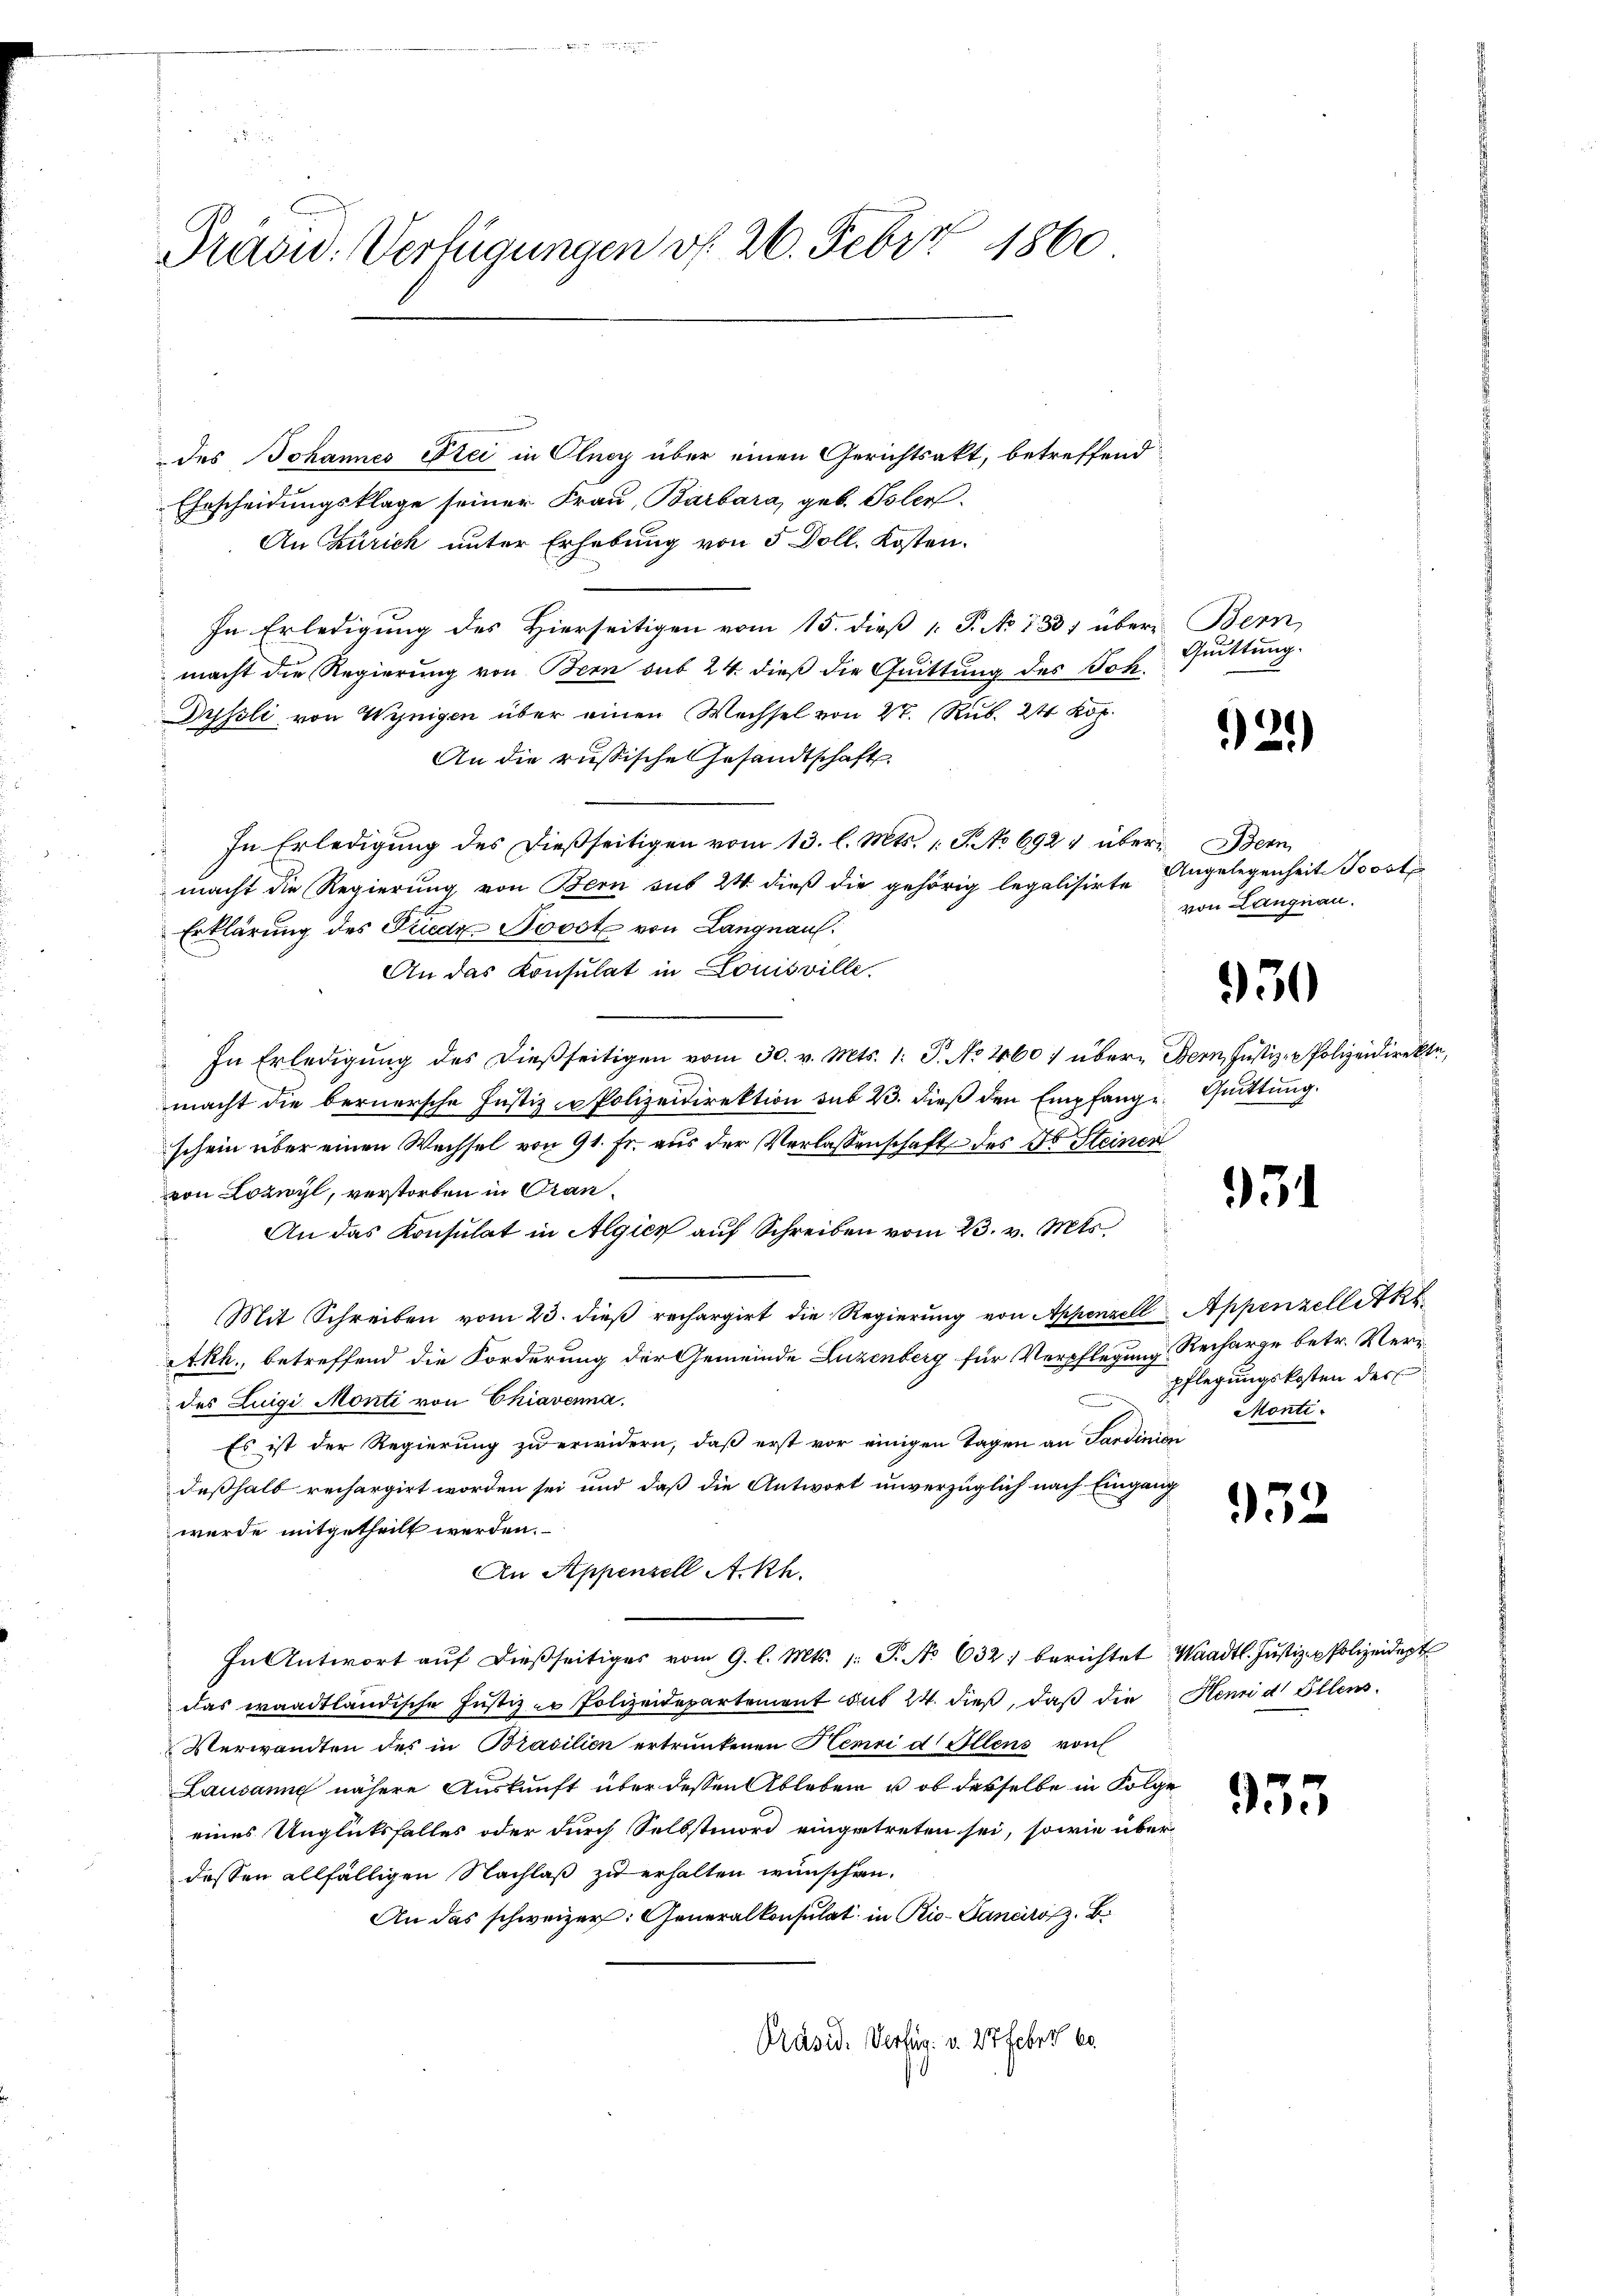
Präsu. Verfügungen v. 26. Febr. 1860

des Johannes Frei in Olney über einen Gerichtsakt, betreffend
Ehrscheidungsklage seiner Frau, Barbara, geb. Isler.
An Zürich unter Erhebung von 5 Doll. Kosten.
In Erledigung des Hierseitigen vom 15. dieß [ P. No 1331 über Bern
macht die Regierung von Bern sub 24 dieß die Quittung des Joh.
Drsoli von Winigen über einen Wechsel von 27. Rub. 2 Kop.
An die russische Gesandtschaft
In Erledigung des dießseitigen vom 13. l. Mts. 1. P. No 6924 über Bern
d
macht die Regierung von Bern sub 24. dieß die gehörig legalisirte Angelegenheit Jost
Erklärung des Friedr Novst von Langnau.
An das Konsulat in Louisville.
In Erledigung des dießseitigen vom 30. v. Mts. 1: P. No 460 / über- Bern, Justiz- & Polizeidirekte,
macht die bernersche Justiz- & Polizeidirektion sub 23. dieß den Empfang Quittung.
schein über einen Wechsel von 91. fr. aus der Verlassenschaft des Dr Steiner
von Lozwyl, verstorben in Cran¬
An das Konsulat in Algien auf Schreiben vom 23. v. Mts.
Mit Schreiben vom 23. dieß rechargirt die Regierŭng von Appenzell Appenzelletk
ARh., betreffend die Forderung der Gemeinde Luzenberg für Verpflegung Recharge betr. Verdes Luigi Monti von Chiavenna.
Es ist der Regierung zu erwidern, daß erst vor einigen Tagen an Sardinien
deßhalb rechargirt worden sei und daß die Antwort unverzüglich nach Eingang
wurde mitgetheilt werden.
An Appenzell A.Rh.
In Antwort aŭf dießseitiges vom 9. l. Mts. 1: P. No 632. berichtet Waadt. Justiz- & Polizeidept
das waadtländische Justiz er Polizeidepartement sub 24. dieß, daß die Henri d Ellens-
Verwandten des in Brasilien ertrunkenen Henri d Allens von
Lausanne nähere Auskunft über dessen Ableben u. ob desselbe in Folge
eines Unglüksfalles oder durch Selbstmord eingetreten sei, sowie über
dessen allfälligen Nachlaß zu erhalten wünschen.
An das schweizer: Generalkonsulat in Rio-Ganciros. B.
Präsid. Verfüg. v. 27 Feber 60.

Quittung.

e
i

von Langnau.

930

931

pflegungskosten der
Monti¬

932

953